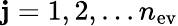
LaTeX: \mathbf{j}=1,2,...n_{\mathrm{{ev}}}